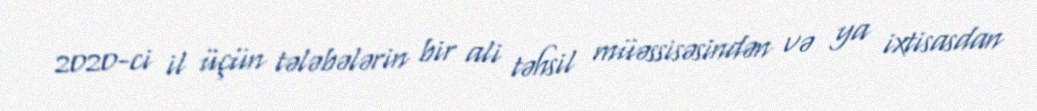
2020-ci il üçün tələbələrin bir ali təhsil müəssisəsindən və ya ixtisasdan